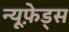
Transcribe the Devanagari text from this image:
न्यूफ़ेड्स